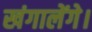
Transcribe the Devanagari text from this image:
खंगालेंगे।